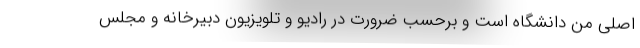
اصلی من دانشگاه است و برحسب ضرورت در رادیو و تلویزیون دبیرخانه و مجلس